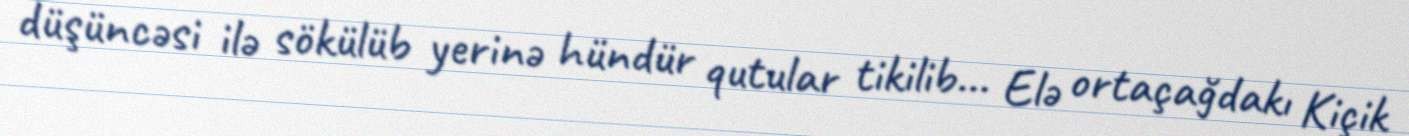
düşüncəsi ilə sökülüb yerinə hündür qutular tikilib... Elə ortaçağdakı Kiçik